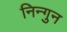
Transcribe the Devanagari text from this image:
निन्गुन